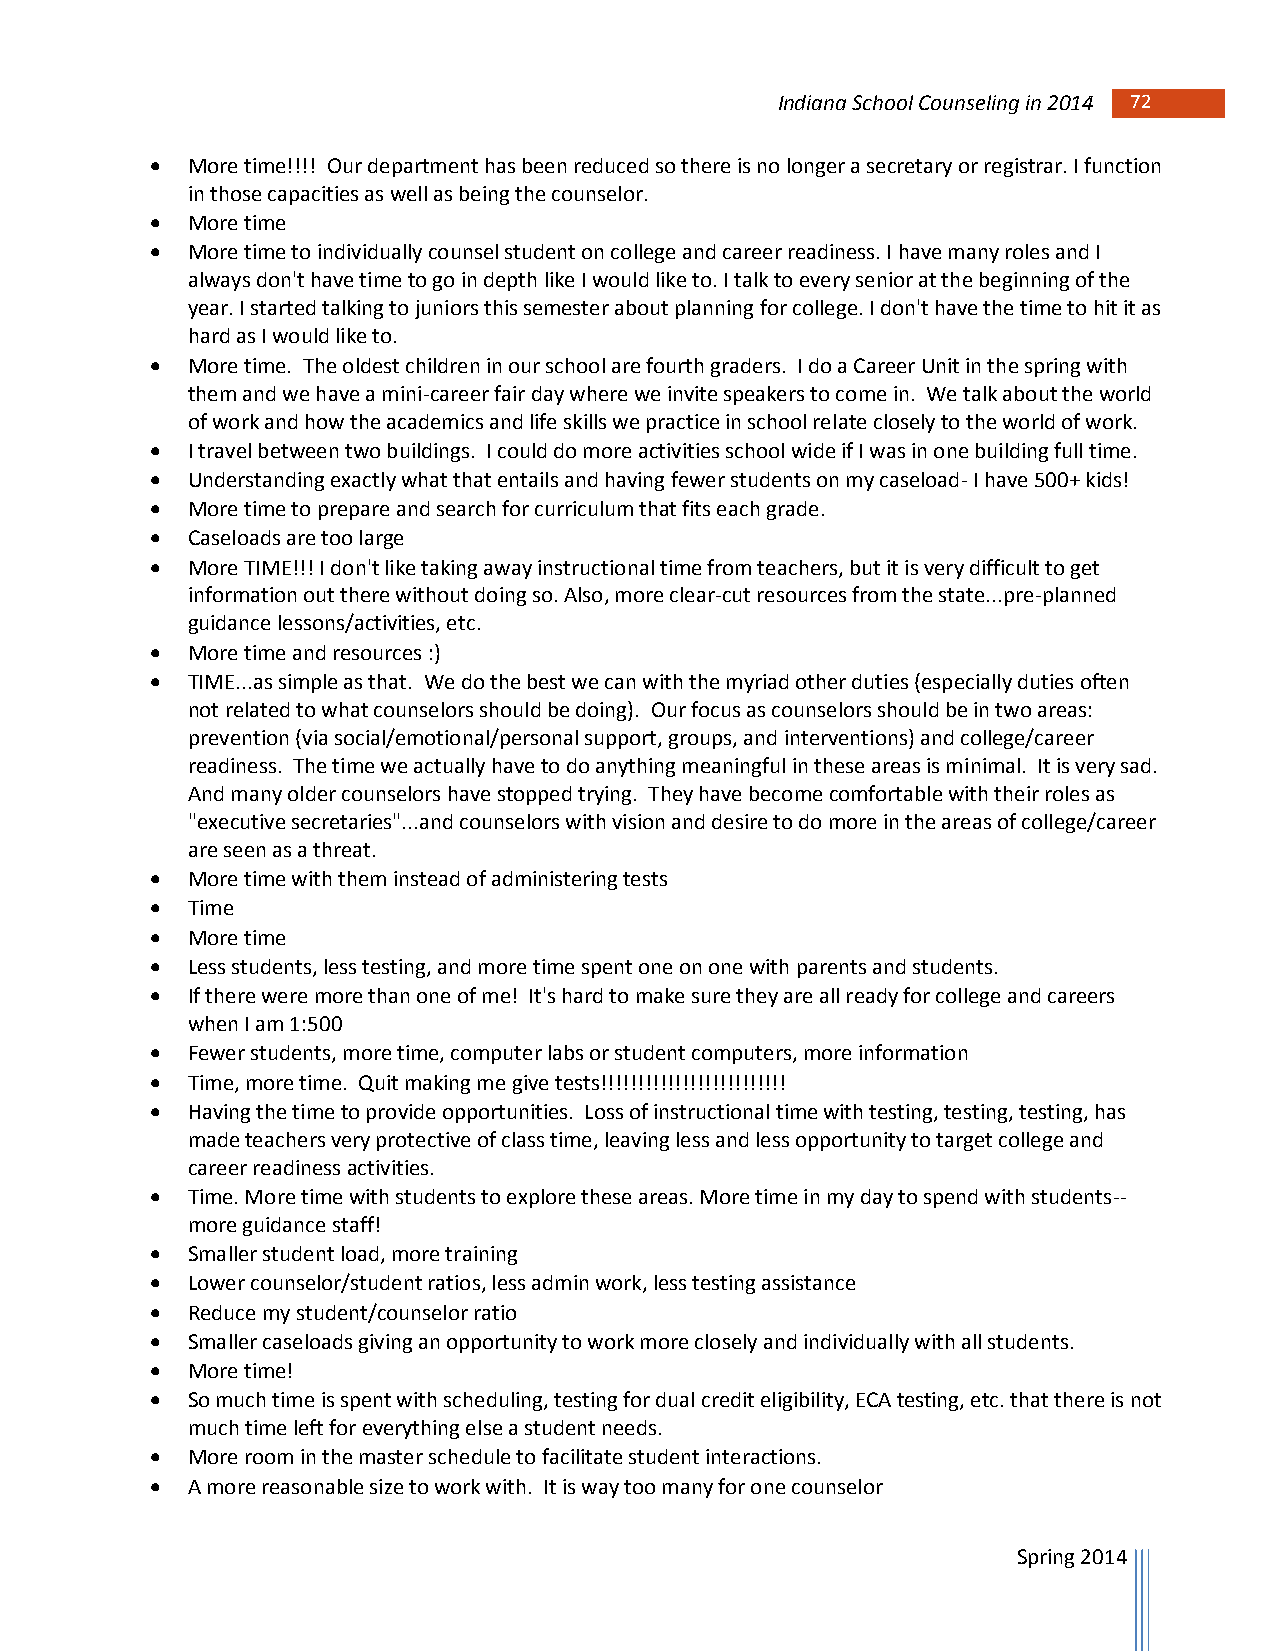
Indiana School Counseling in 2014 72 72
  More time!!!! Our department has been reduced so there is no longer a secretary or registrar. I function
 in those capacities as well as being the counselor.
  More time
  More time to individually counsel student on college and career readiness. I have many roles and I
 always don't have time to go in depth like I would like to. I talk to every senior at the beginning of the
 year. I started talking to juniors this semester about planning for college. I don't have the time to hit it as
 hard as I would like to.
  More time. The oldest children in our school are fourth graders. I do a Career Unit in the spring with
 them and we have a mini-career fair day where we invite speakers to come in. We talk about the world
 of work and how the academics and life skills we practice in school relate closely to the world of work.
  I travel between two buildings. I could do more activities school wide if I was in one building full time.
  Understanding exactly what that entails and having fewer students on my caseload- I have 500+ kids!
  More time to prepare and search for curriculum that fits each grade.
  Caseloads are too large
  More TIME!!! I don't like taking away instructional time from teachers, but it is very difficult to get
 information out there without doing so. Also, more clear-cut resources from the state...pre-planned
 guidance lessons/activities, etc.
  More time and resources :)
  TIME...as simple as that. We do the best we can with the myriad other duties (especially duties often
 not related to what counselors should be doing). Our focus as counselors should be in two areas:
 prevention (via social/emotional/personal support, groups, and interventions) and college/career
 readiness. The time we actually have to do anything meaningful in these areas is minimal. It is very sad.
 And many older counselors have stopped trying. They have become comfortable with their roles as
 "executive secretaries"...and counselors with vision and desire to do more in the areas of college/career
 are seen as a threat.
  More time with them instead of administering tests
  Time
  More time
  Less students, less testing, and more time spent one on one with parents and students.
  If there were more than one of me! It's hard to make sure they are all ready for college and careers
 when I am 1:500
  Fewer students, more time, computer labs or student computers, more information
  Time, more time. Quit making me give tests!!!!!!!!!!!!!!!!!!!!!!!!!
  Having the time to provide opportunities. Loss of instructional time with testing, testing, testing, has
 made teachers very protective of class time, leaving less and less opportunity to target college and
 career readiness activities.
  Time. More time with students to explore these areas. More time in my day to spend with students--
 more guidance staff!
  Smaller student load, more training
  Lower counselor/student ratios, less admin work, less testing assistance
  Reduce my student/counselor ratio
  Smaller caseloads giving an opportunity to work more closely and individually with all students.
  More time!
  So much time is spent with scheduling, testing for dual credit eligibility, ECA testing, etc. that there is not
 much time left for everything else a student needs.
  More room in the master schedule to facilitate student interactions.
  A more reasonable size to work with. It is way too many for one counselor
 Spring 2014